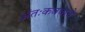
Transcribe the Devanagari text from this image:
अंतःकवचाचे